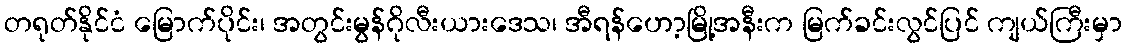
တရုတ်နိုင်ငံ မြောက်ပိုင်း၊ အတွင်းမွန်ဂိုလီးယားဒေသ၊ အီရန်ဟော့မြို့အနီးက မြက်ခင်းလွင်ပြင် ကျယ်ကြီးမှာ